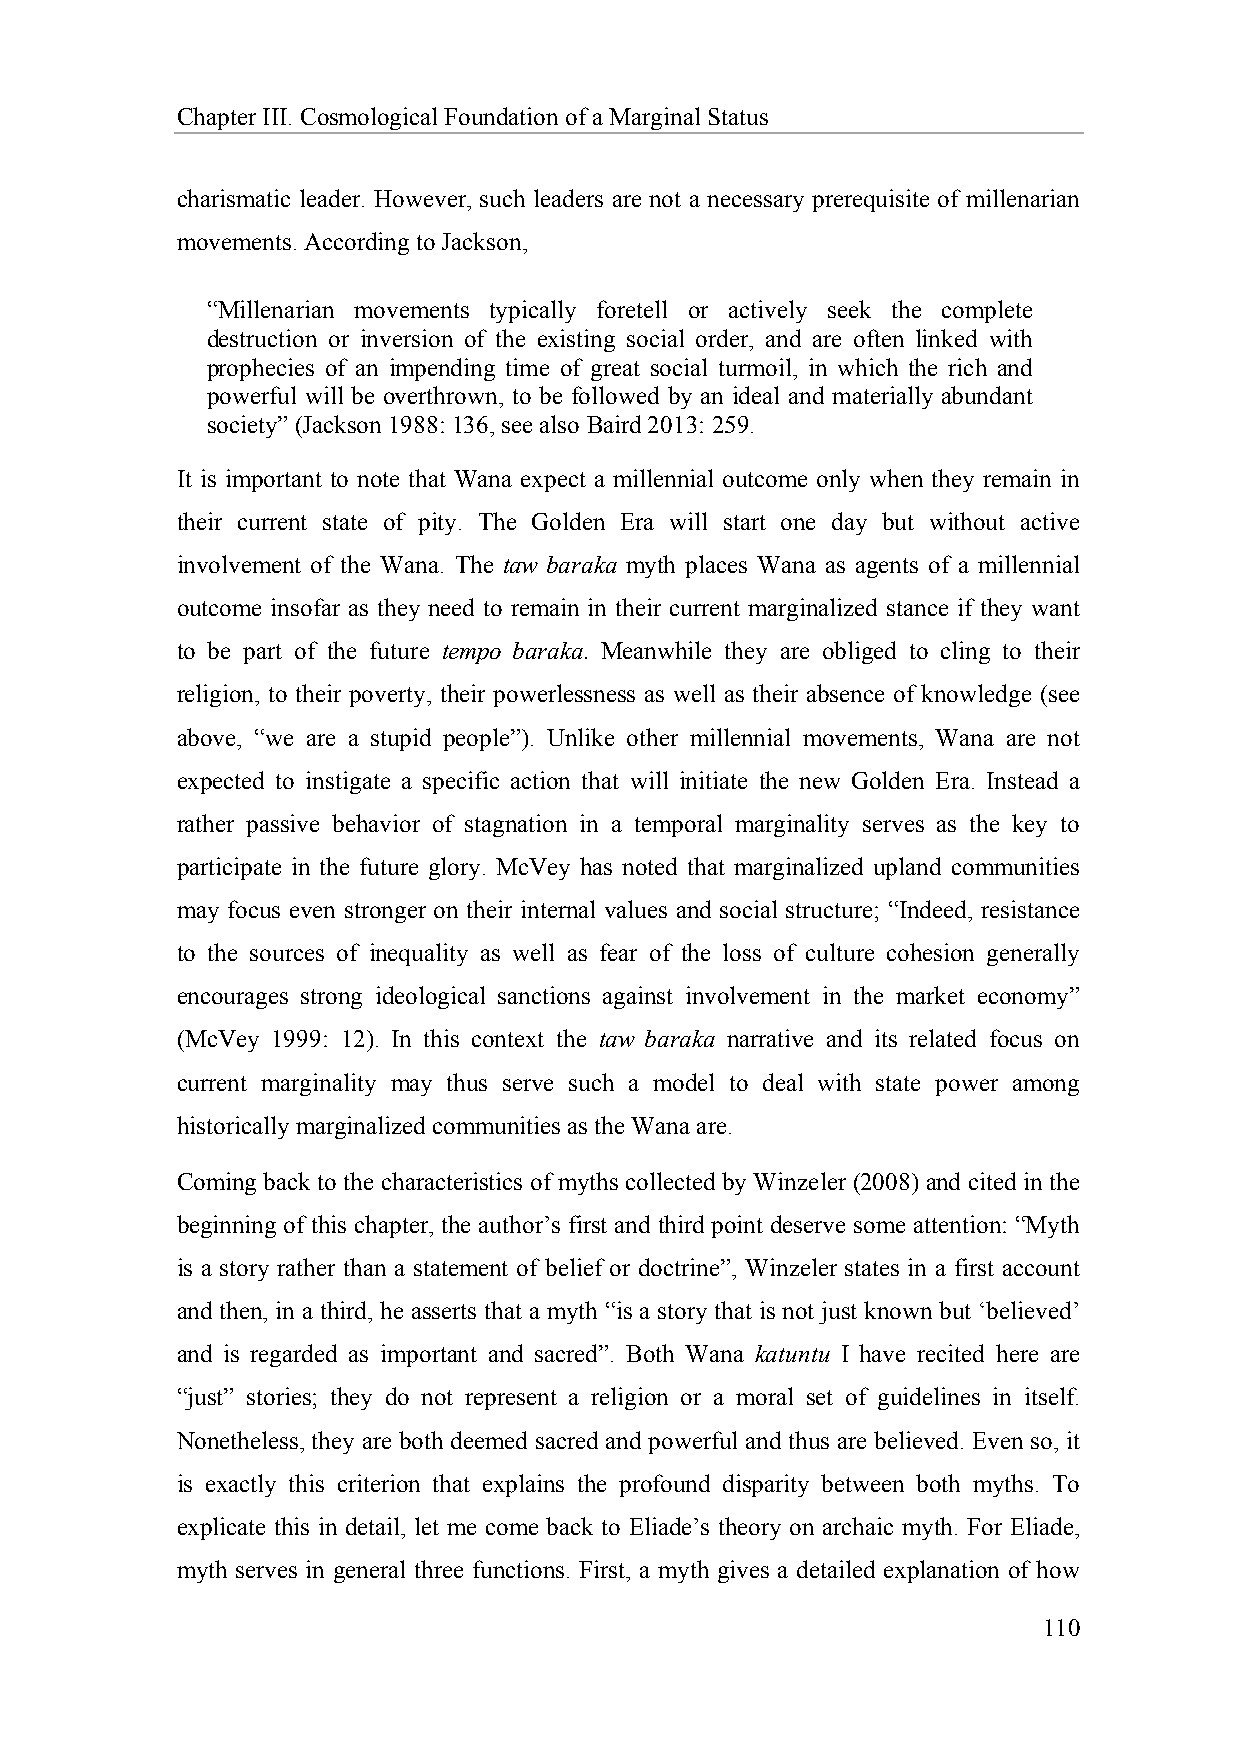
Chapter III. Cosmological Foundation of a Marginal Status
 charismatic leader. However, such leaders are not a necessary prerequisite of millenarian
 movements. According to Jackson,
 “Millenarian movements typically foretell or actively seek the complete
 destruction or inversion of the existing social order, and are often linked with
 prophecies of an impending time of great social turmoil, in which the rich and
 powerful will be overthrown, to be followed by an ideal and materially abundant
 society” (Jackson 1988: 136, see also Baird 2013: 259.
 It is important to note that Wana expect a millennial outcome only when they remain in
 their current state of pity. The Golden Era will start one day but without active
 involvement of the Wana. The taw baraka myth places Wana as agents of a millennial
 outcome insofar as they need to remain in their current marginalized stance if they want
 to be part of the future tempo baraka. Meanwhile they are obliged to cling to their
 religion, to their poverty, their powerlessness as well as their absence of knowledge (see
 above, “we are a stupid people”). Unlike other millennial movements, Wana are not
 expected to instigate a specific action that will initiate the new Golden Era. Instead a
 rather passive behavior of stagnation in a temporal marginality serves as the key to
 participate in the future glory. McVey has noted that marginalized upland communities
 may focus even stronger on their internal values and social structure; “Indeed, resistance
 to the sources of inequality as well as fear of the loss of culture cohesion generally
 encourages strong ideological sanctions against involvement in the market economy”
 (McVey 1999: 12). In this context the taw baraka narrative and its related focus on
 current marginality may thus serve such a model to deal with state power among
 historically marginalized communities as the Wana are.
 Coming back to the characteristics of myths collected by Winzeler (2008) and cited in the
 beginning of this chapter, the author’s first and third point deserve some attention: “Myth
 is a story rather than a statement of belief or doctrine”, Winzeler states in a first account
 and then, in a third, he asserts that a myth “is a story that is not just known but ‘believed’
 and is regarded as important and sacred”. Both Wana katuntu I have recited here are
 “just” stories; they do not represent a religion or a moral set of guidelines in itself.
 Nonetheless, they are both deemed sacred and powerful and thus are believed. Even so, it
 is exactly this criterion that explains the profound disparity between both myths. To
 explicate this in detail, let me come back to Eliade’s theory on archaic myth. For Eliade,
 myth serves in general three functions. First, a myth gives a detailed explanation of how
 110